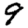
Digit: 9